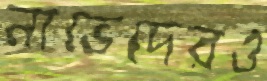
নাভেদেরও